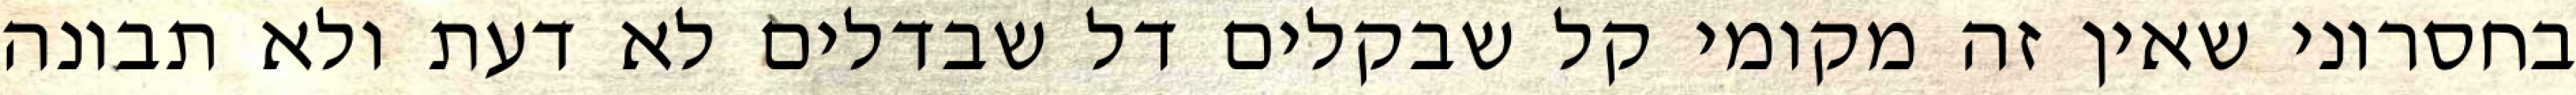
בחסרוני שאין זה מקומי קל שבקלים דל שבדלים לא דעת ולא תבונה